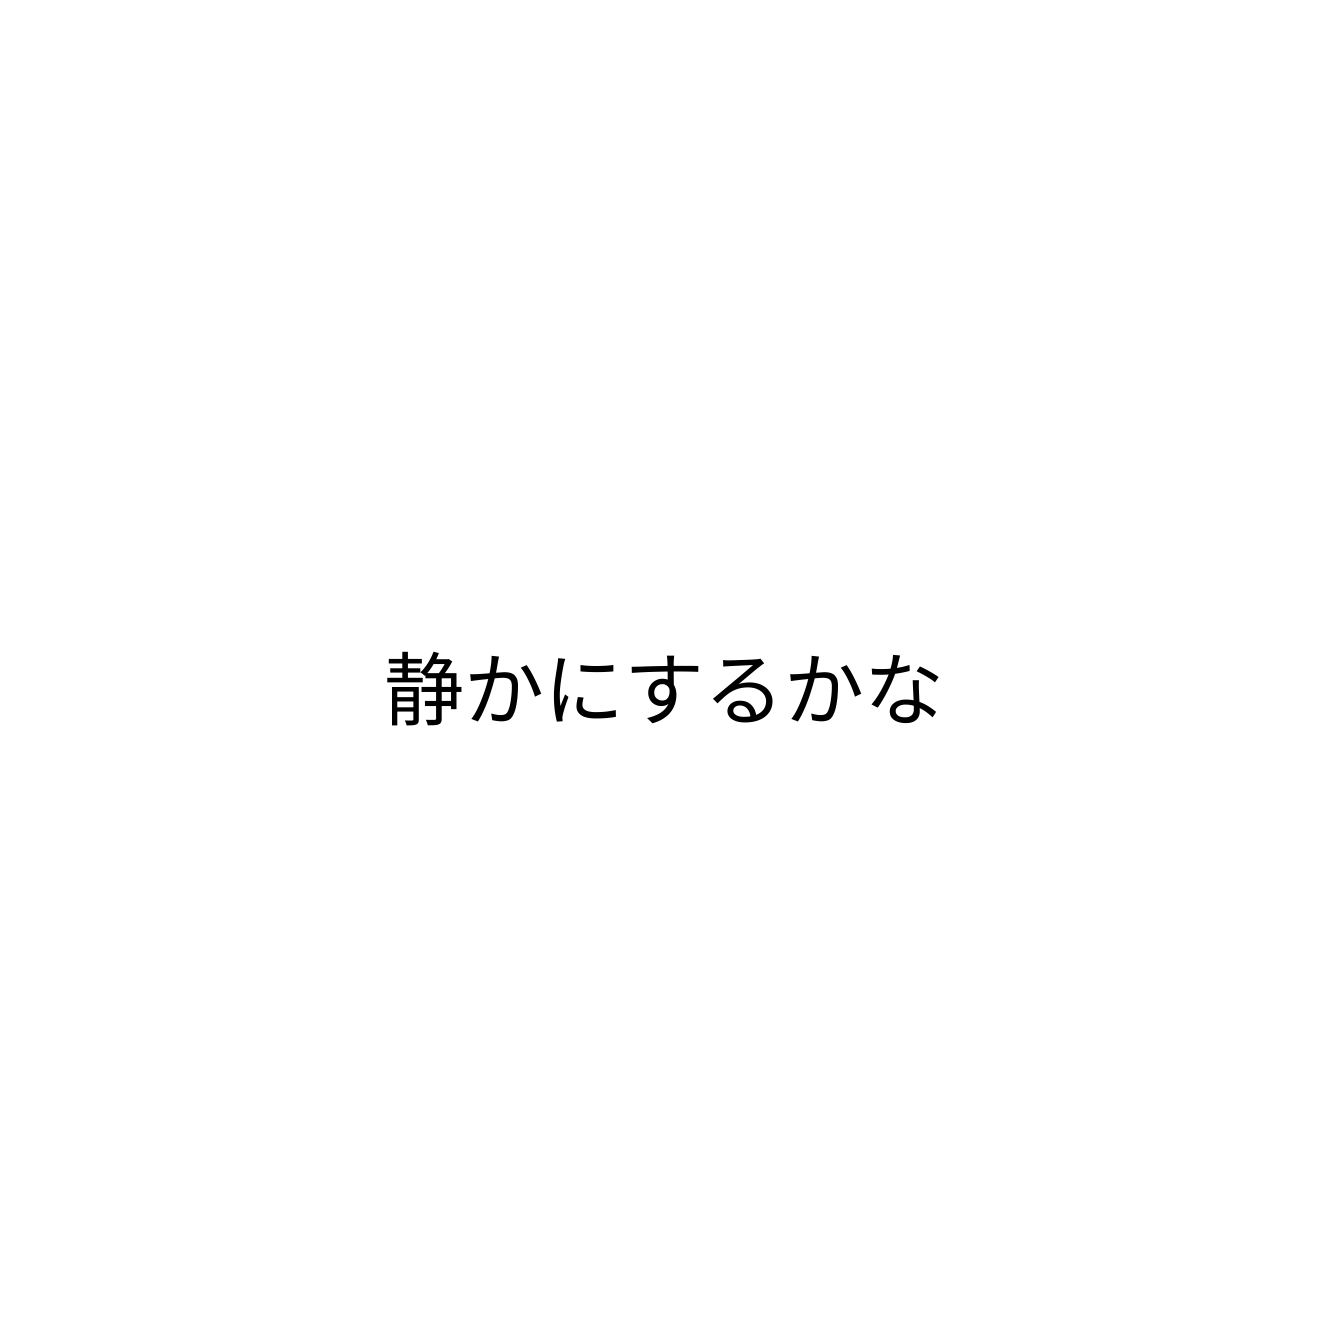
静かにするかな